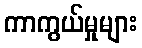
ကာကွယ်မှုများ